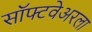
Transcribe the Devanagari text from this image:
सॉफ्टवेअरला